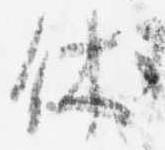
休